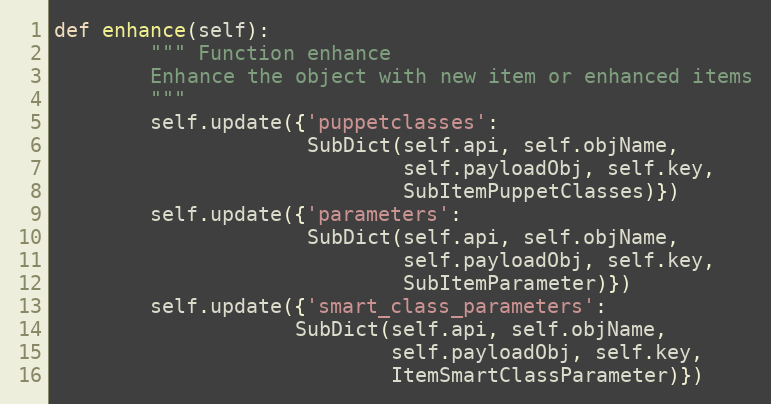
Language: Python
def enhance(self):
        """ Function enhance
        Enhance the object with new item or enhanced items
        """
        self.update({'puppetclasses':
                     SubDict(self.api, self.objName,
                             self.payloadObj, self.key,
                             SubItemPuppetClasses)})
        self.update({'parameters':
                     SubDict(self.api, self.objName,
                             self.payloadObj, self.key,
                             SubItemParameter)})
        self.update({'smart_class_parameters':
                    SubDict(self.api, self.objName,
                            self.payloadObj, self.key,
                            ItemSmartClassParameter)})